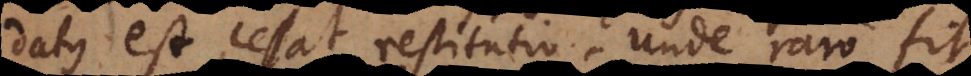
datus est, cessat restitutio. Unde raro fi